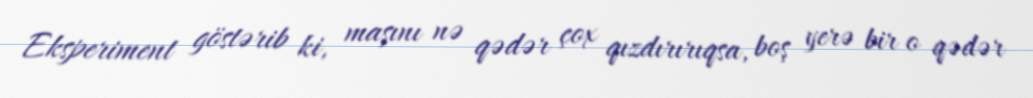
Eksperiment göstərib ki, maşını nə qədər çox qızdırırıqsa, boş yerə bir o qədər